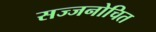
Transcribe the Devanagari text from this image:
सज्जनोचित